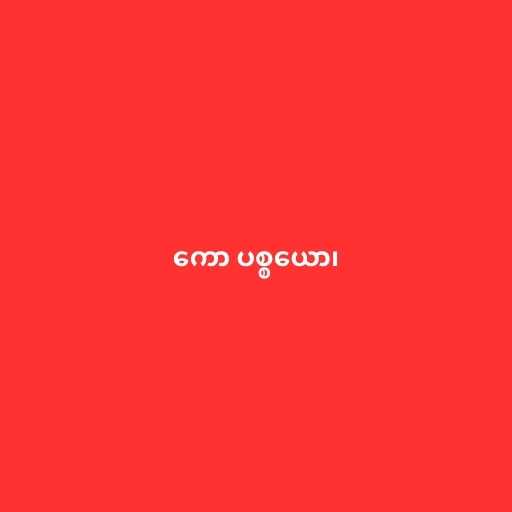
ကော ပစ္စယော၊